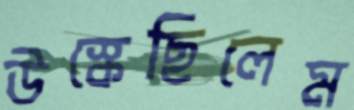
উস্‌কেছিলেম